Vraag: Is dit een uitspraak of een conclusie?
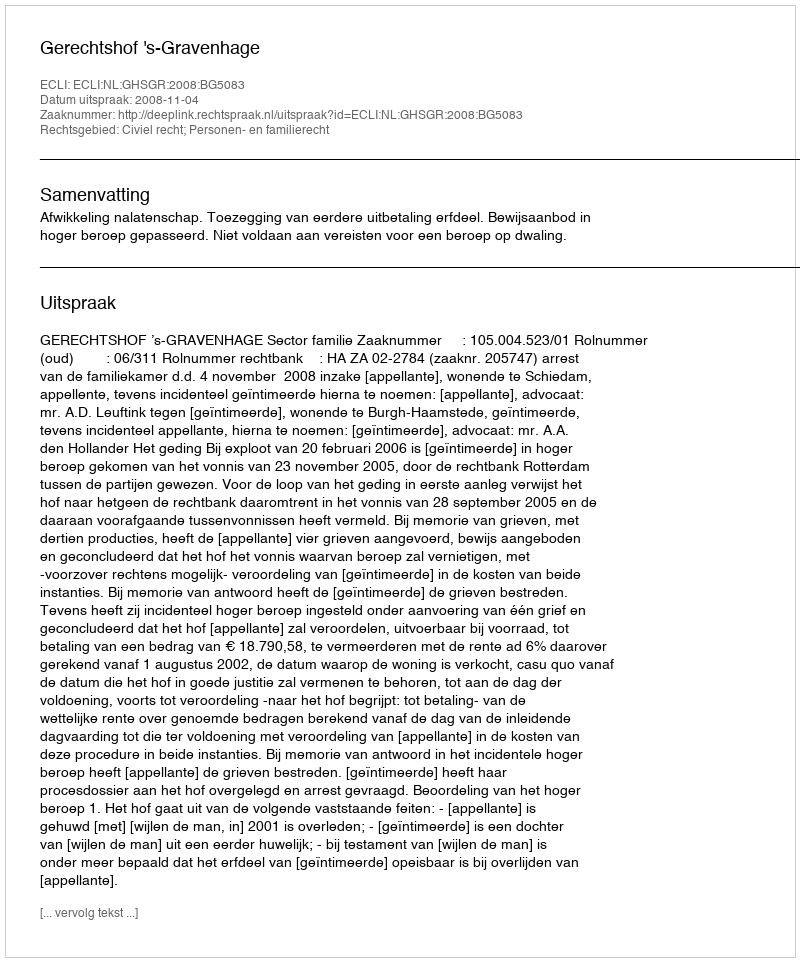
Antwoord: Uitspraak